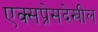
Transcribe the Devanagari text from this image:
एक्सप्रेसदेखील